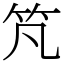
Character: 竼